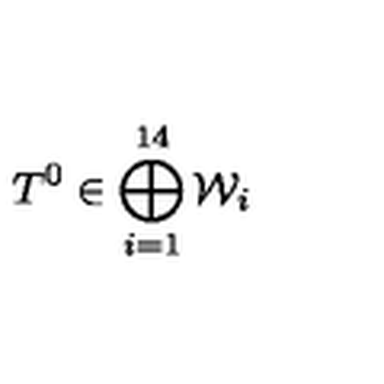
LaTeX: T ^ { 0 } \in \bigoplus _ { i = 1 } ^ { 1 4 } { \mathcal W } _ { i }